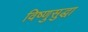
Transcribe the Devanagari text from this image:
विष्णुसुद्धा